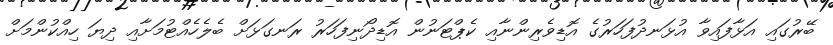
ބޭރުގައި އަޅާފައިވާ އުޅަނދުފަހަރުގެ އޮޑިވެރިންނާއި ކެޕްޓަނުން އޮޑިދޯނިފަހަރު ރަނގަޅަށް ބެލެހެއްޓުމަށާއި ދިޔަ ހިއްކުންމަށް